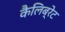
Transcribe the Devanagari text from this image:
कैलिब्रेट